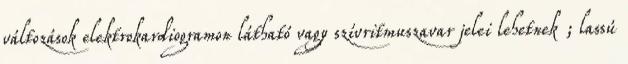
változások elektrokardiogramon látható vagy szívritmuszavar jelei lehetnek ; lassú